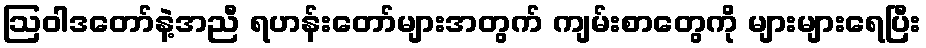
ဩဝါဒတော်နဲ့အညီ ရဟန်းတော်များအတွက် ကျမ်းစာတွေကို များများရေပြီး